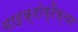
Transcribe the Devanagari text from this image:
माइक्रोफ्रैक्चर